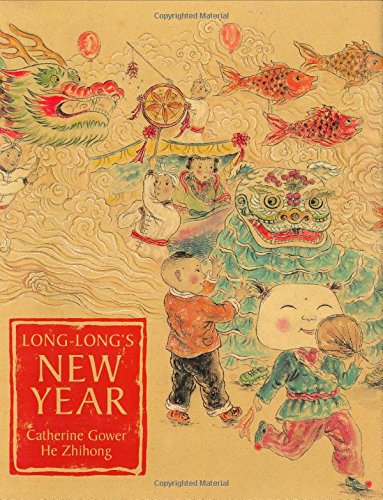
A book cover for Long-Long's New Year: A Story About the Chinese Spring Festival; Catherine Gower; Children's Books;